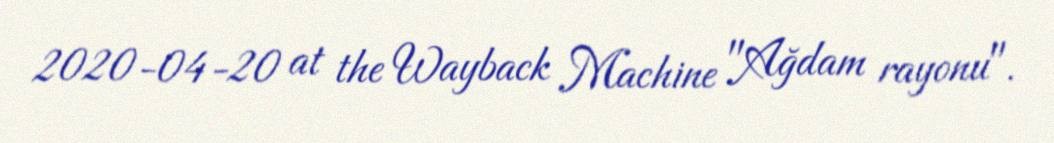
2020-04-20 at the Wayback Machine "Ağdam rayonu".